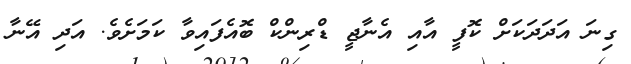
ގިނަ އަދަދަކަށް ކޮފީ އާއި އެނާޖީ ޑްރިންކް ބޮއެފައިވާ ކަމަށެވެ. އަދި އޭނާ